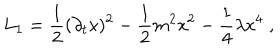
L _ { 1 } = \frac { 1 } { 2 } ( \partial _ { t } \mathrm { x } ) ^ { 2 } - \frac { 1 } { 2 } m ^ { 2 } \mathrm { x } ^ { 2 } - \frac { 1 } { 4 } \lambda \mathrm { x } ^ { 4 } \; ,